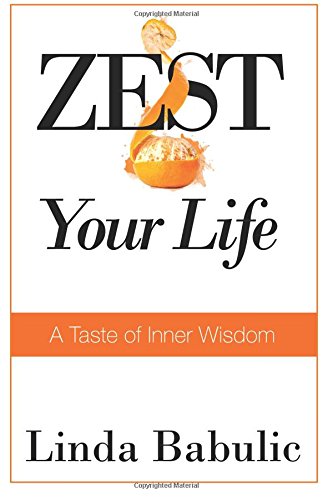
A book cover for ZEST Your Life: A Taste of Inner Wisdom; Linda Babulic; Self-Help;